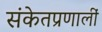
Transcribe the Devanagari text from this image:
संकेतप्रणालीं